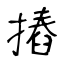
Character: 摏